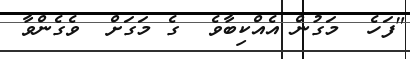
"ފަހެ  މަގުން އެއްކިބާވެ  ގެ މަގަށް  ވެގެންވާ